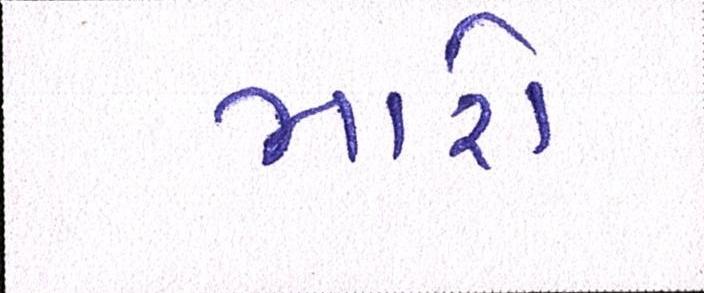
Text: મારો